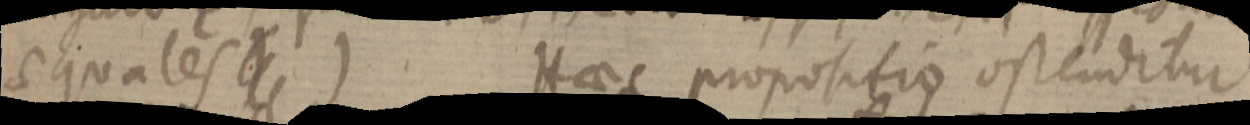
aequales _) Haec propositio ostenditur